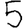
Digit: 5